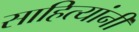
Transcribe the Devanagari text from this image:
साहित्यांनी